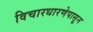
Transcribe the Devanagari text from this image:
विचारधारणेपासून